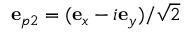
{ \bf e } _ { p 2 } = ( { \bf e } _ { x } - i { \bf e } _ { y } ) / \sqrt { 2 }